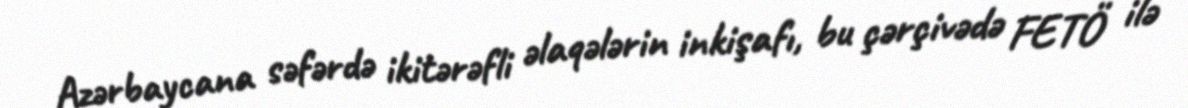
Azərbaycana səfərdə ikitərəfli əlaqələrin inkişafı, bu çərçivədə FETÖ ilə